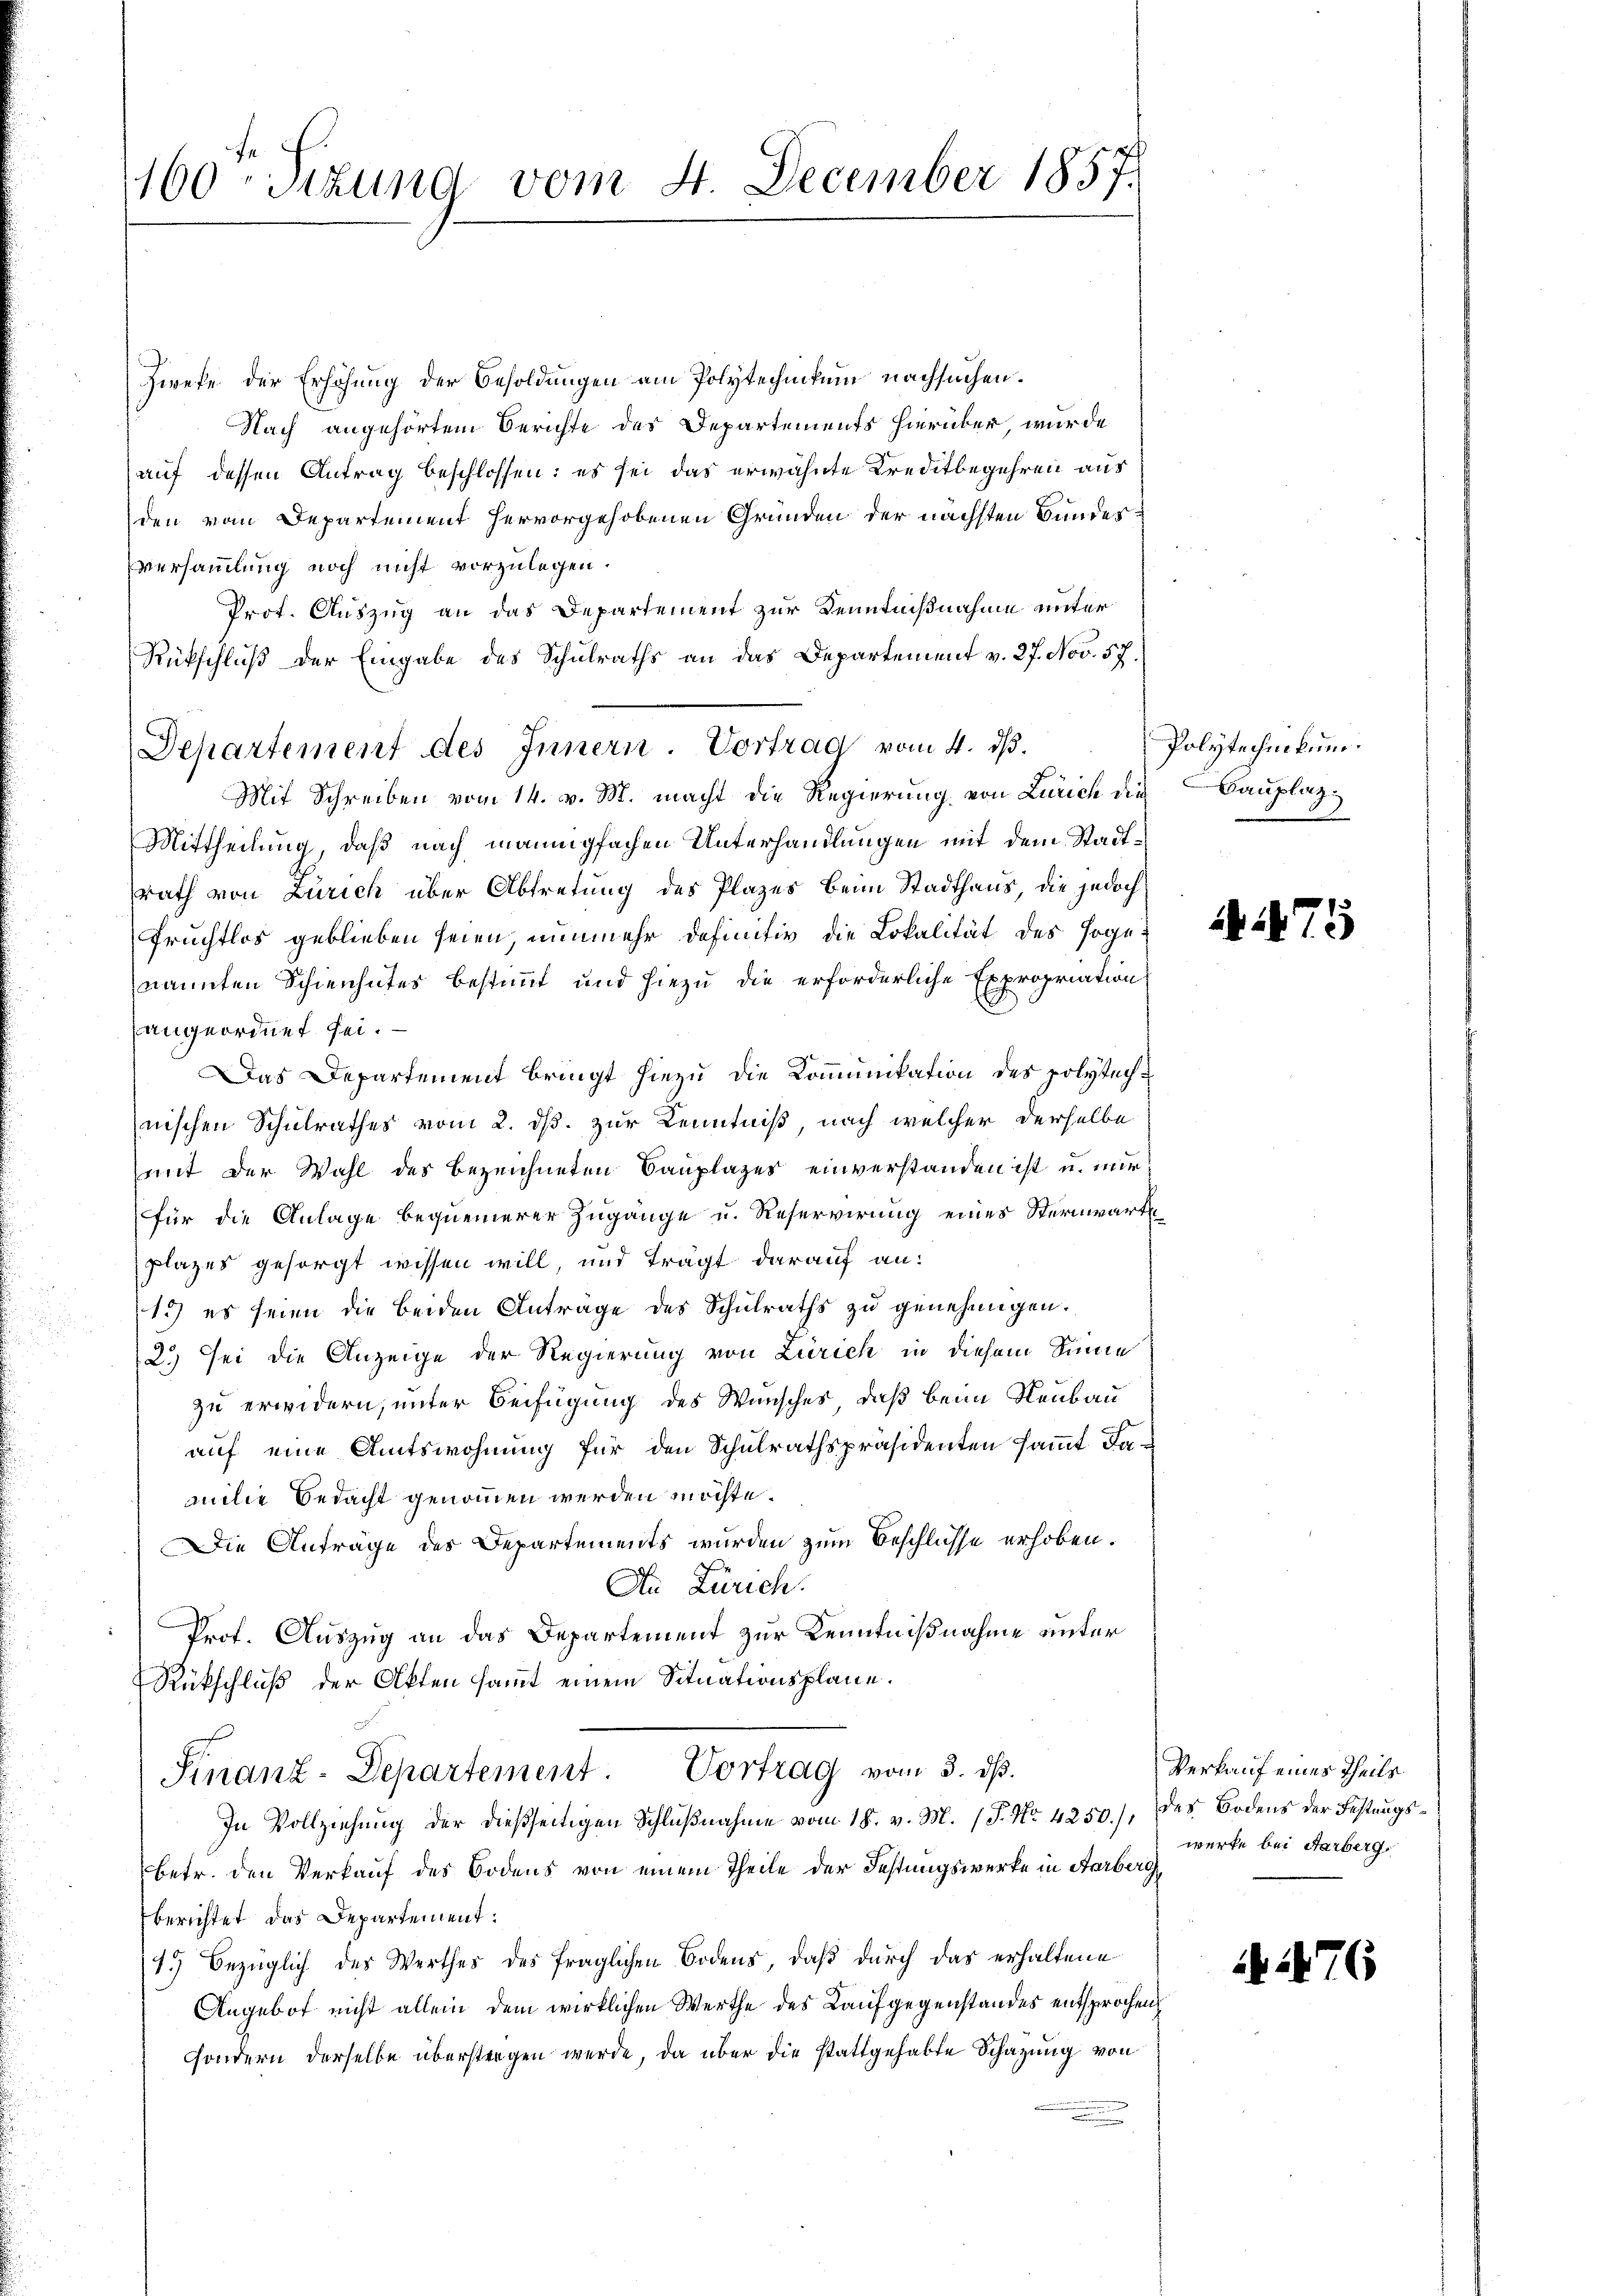
160 - Sizung vom 4. December 1857.

Zwefe der Erhöhung der Besoldungen am Polytechnikum nachsuchen.
Nach angehörtem Berichte des Departements hierüber wurde
auf dessen Antrag beschlossen: es sei das erwähnte Kreditbegehren aus
den vom Departement hervorgehobenen Gründen der nächsten Bundesversammlung noch nicht vorzulegen.
Prot. Auszug an das Departement zur Kenntnißnahme unter
Rückschluß der Eingabe des Schulraths an das Departement v. 27. Nov. 57.
Departement des Innern. Vortrag vom 4. ds.
Mit Schreiben vom 14. v. M. macht die Regierung von Zürich die Bauplaz¬
Mittheilung, daß nach mannigfachen Unterhandlungen mit dem Stadtrath von Zürich über Abtretung des Plazes beim Stadthaus, die jedoch
Fruchtlos geblieben seien, nunmehr definitiv die Lokalität des sogenannten Schienhutes bestimmt und hiezu die erforderliche Expropriation
angeordnet sei.
Das Departement bringt hiezu die Kommunikation des polytechnischen Schulrathes vom 2. ds. zur Kenntniß, nach welcher derselbe
mit der Wahl des bezeichneten Bauplazer einverstanden ist u. mir
für die Anlage bequemerer Zugänge u. Reservirung eines Sternwart
plazes gesorgt wissen will, und trägt darauf an:
1.) es seien die beiden Anträge des Schulraths zu genehmigen.
2.) Sei die Anzeige der Regierung von Zürich in diesem Sinne
zu erwidern, unter Beifügung des Wunsches, daß beim Neubau
auf eine Amtswohnung für den Schulrathspräsidenten sammt damilie Bedacht genommen werden möchte.
Die Anträge des Departements wurden zum Beschlüsse erhoben.
An Zürich.
Prof. Auszug an das Departement zur Kenntnißnahme unter
Rückschluß der Akten sammt einem Situationsplane.
Stnanz-Departement. Vortrag vom 3. ds.
In Vollziehung der dießseitigen Schlußnahme vom 18. v. M. / P. Nr. 4250),
betr. den Verkauf des Bodens von einem Theile der Festungswerke in Aarberg
berichtet das Departement.
1.) Bezüglich des Werthes des fraglichen Bodens, daß durch das erhaltene
Angebot nicht allein dem wirklichen Werthe des Laufgegenstandes entsprochen
sondern derselbe überstragen werde, da über die stattgehabte Schazung von

Polytechnikum.

75

Verkauf eines Theils
des Bodens der Festungswerke bei Farberg.

76